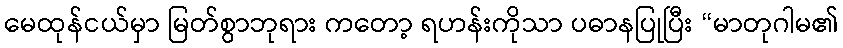
မေထုန်ငယ်မှာ မြတ်စွာဘုရား ကတော့ ရဟန်းကိုသာ ပဓာနပြုပြီး “မာတုဂါမ၏